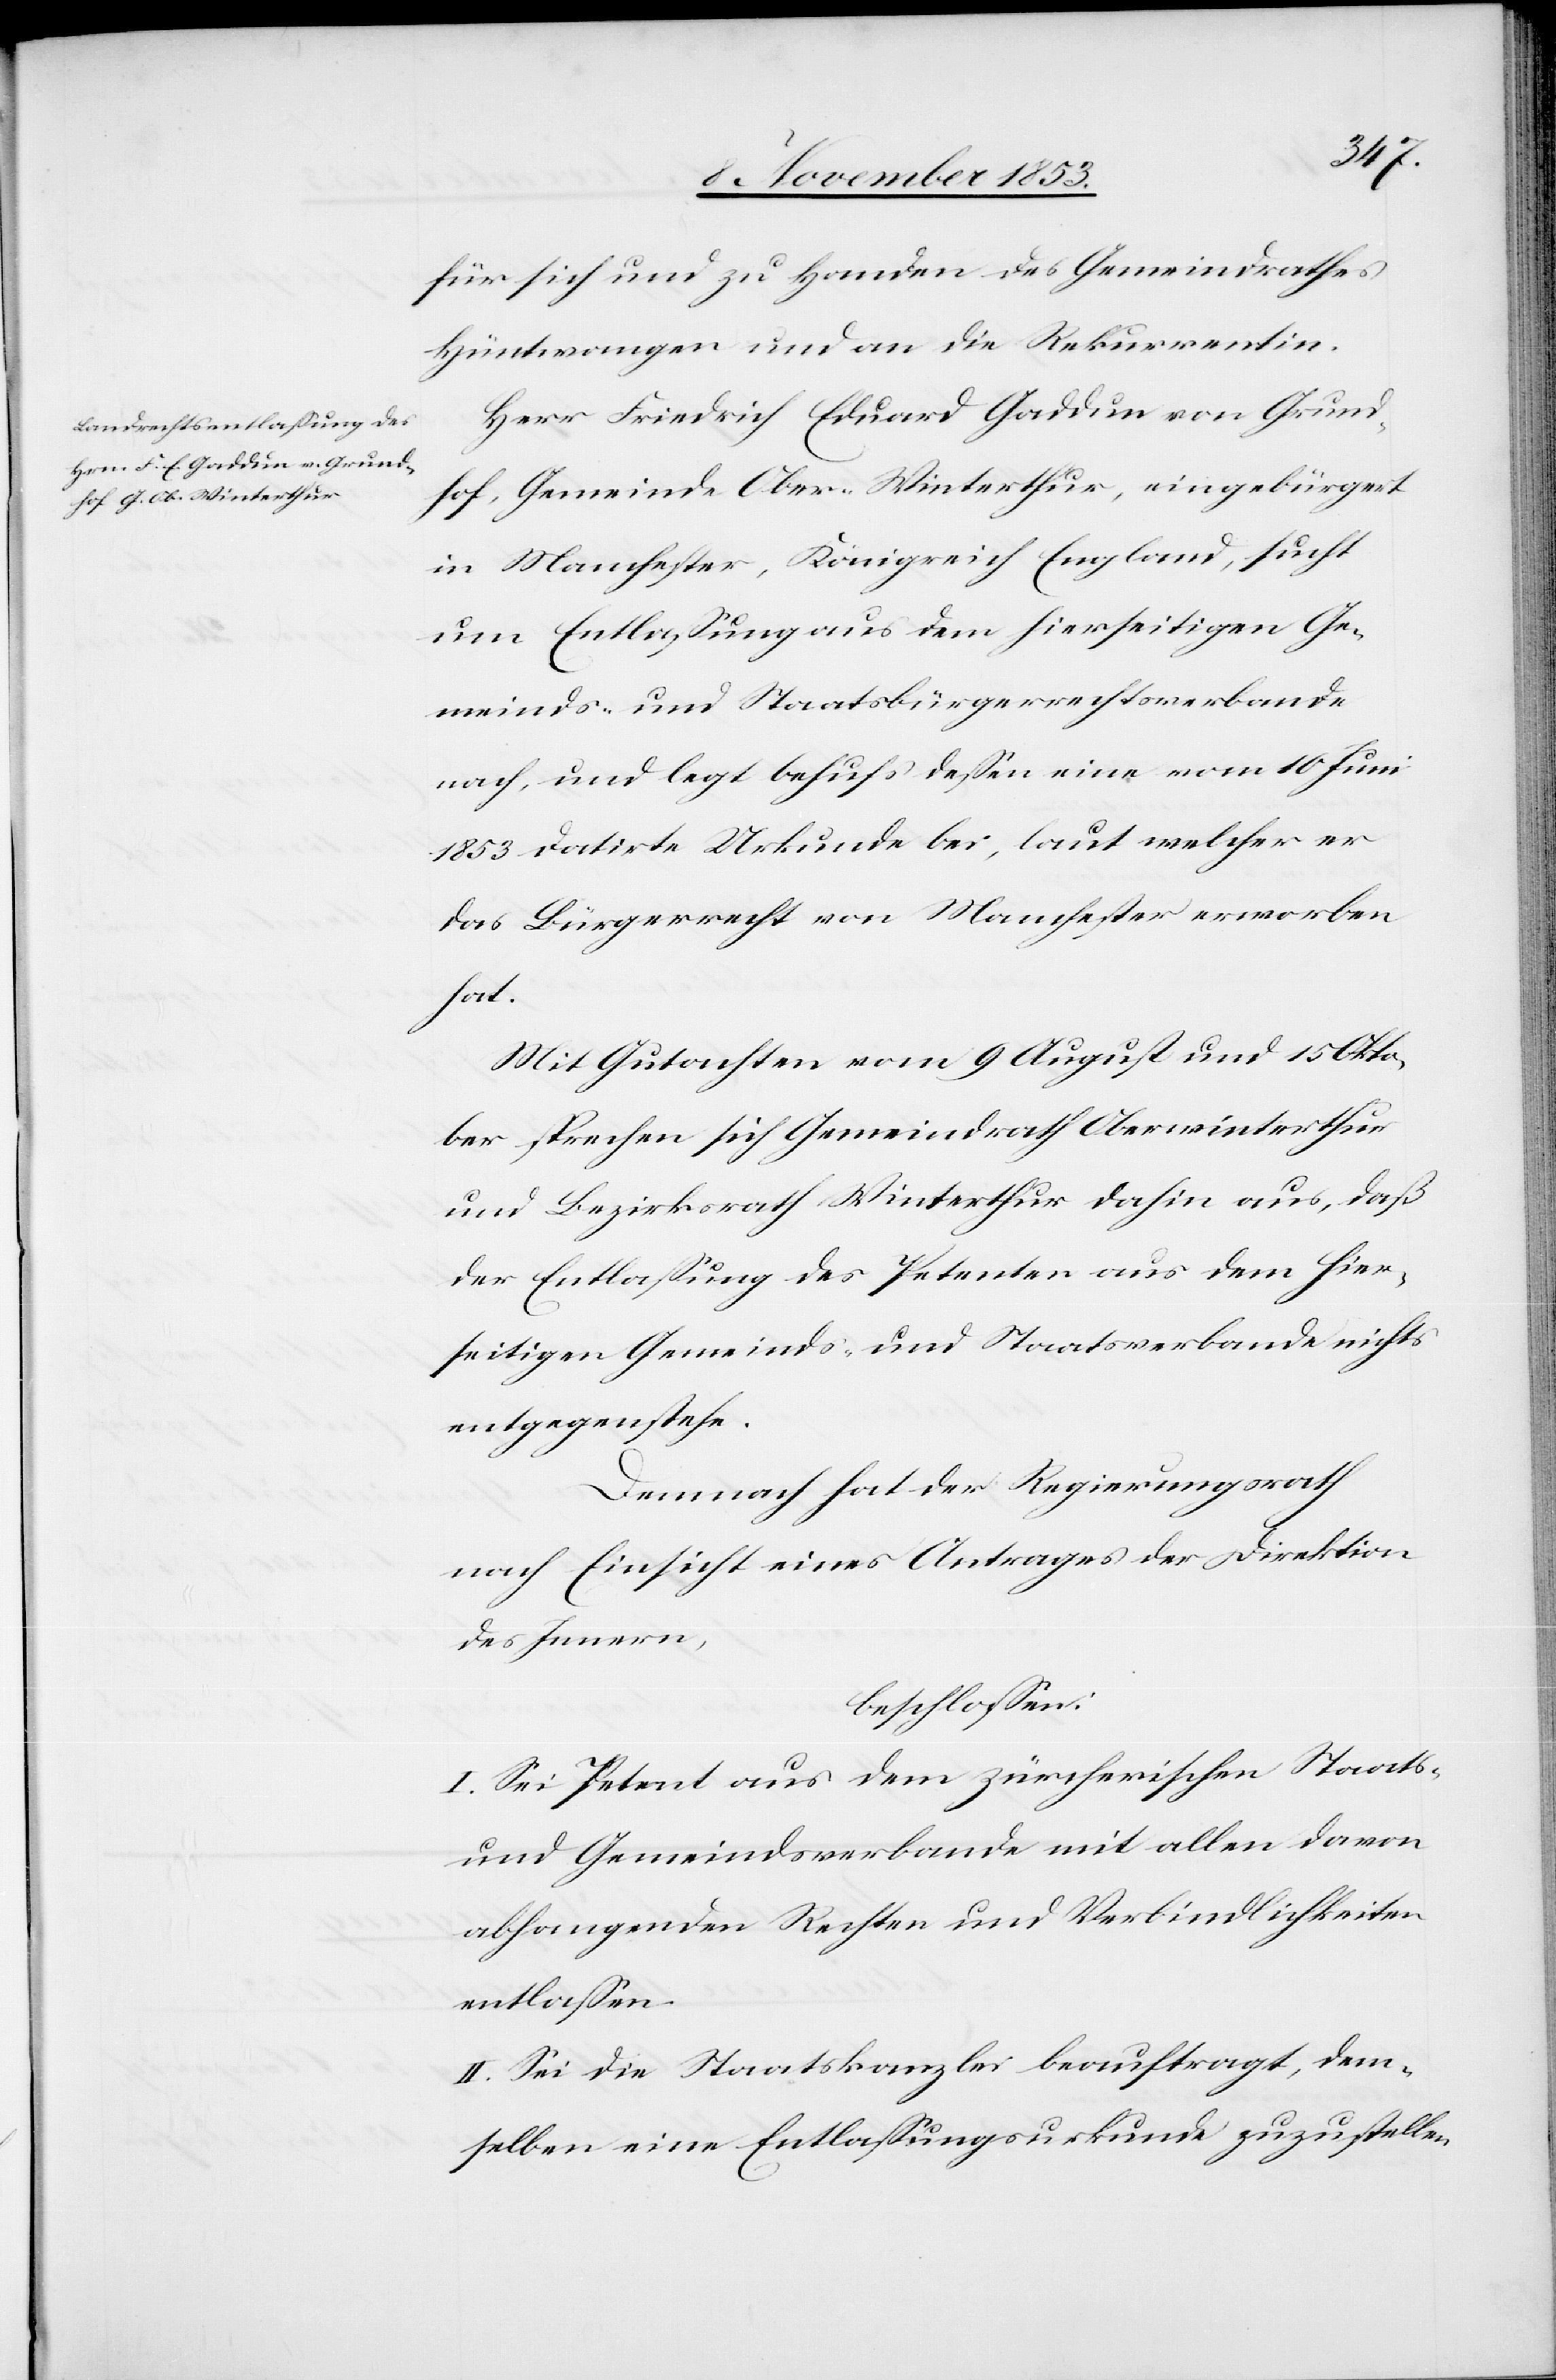
für sich und zu Handen des Gemeindrathes
Hüntwangen und an die Rekurrentin.
Herr Friedrich Eduard Gaddin von Grund¬
hof, Gemeinde Ober-Winterthur, eingebürgert
in Manchester, Königreich England, sucht
um Entlaßung aus der hierseitigen Ge¬
meinds- und Staatsbürgerrechtsverbande
nach, und legt behufs deßen eine vom 10 Juni
1853 datirte Urkunde bei, laut welcher er
das Bürgerrecht von Manchester erworben
hat.
Mit Gutachten vom 9 August und 15 Okto¬
ber sprechen sich Gemeindrath Winterthur
und Bezirksrath Winterthur dahin aus, daß
der Entlaßung des Petenten aus dem hier¬
seitigen Gemeinds- und Staatsverbande nichts
entgegenstehe.
Demnach hat der Regierungsrath
nach Einsicht eines Antrages der Direktion
des Innern,
beschloßen:
I. Sei Petent aus dem zürcherischen Staats-
und Gemeindsverbande mit allen davon
abhangenden Rechten und Verbindlichkeiten
entlaßen.
II. Sei die Staatskanzlei beauftragt, dem¬
selben eine Entlaßungsurkunde zuzustellen